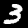
Label: 3